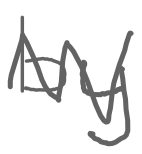
Text: by
Cross-out: zig-zag
Writing tool: digital_gray